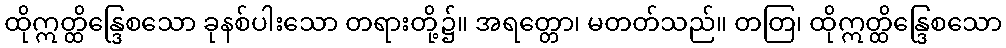
ထိုဣတ္ထိန္ဒြေစသော ခုနစ်ပါးသော တရားတို့၌။ အရတ္တော၊ မတတ်သည်။ တတြ၊ ထိုဣတ္ထိန္ဒြေစသော